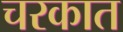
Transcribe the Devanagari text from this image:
चरकात